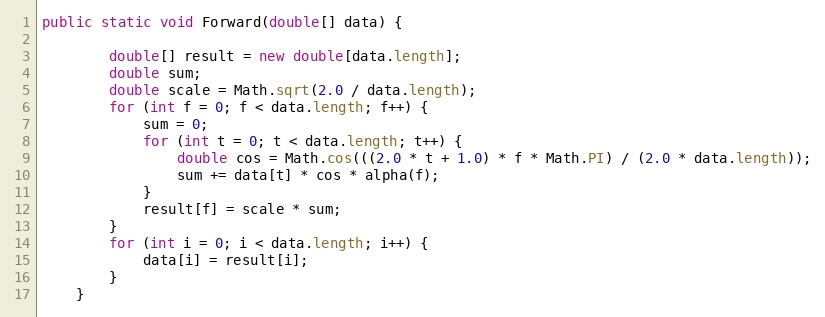
Language: Java
public static void Forward(double[] data) {

        double[] result = new double[data.length];
        double sum;
        double scale = Math.sqrt(2.0 / data.length);
        for (int f = 0; f < data.length; f++) {
            sum = 0;
            for (int t = 0; t < data.length; t++) {
                double cos = Math.cos(((2.0 * t + 1.0) * f * Math.PI) / (2.0 * data.length));
                sum += data[t] * cos * alpha(f);
            }
            result[f] = scale * sum;
        }
        for (int i = 0; i < data.length; i++) {
            data[i] = result[i];
        }
    }